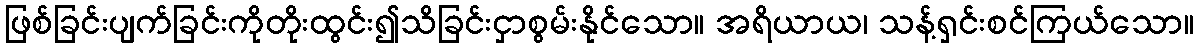
ဖြစ်ခြင်းပျက်ခြင်းကိုတိုးထွင်း၍သိခြင်းငှာစွမ်းနိုင်သော။ အရိယာယ၊ သန့်ရှင်းစင်ကြယ်သော။